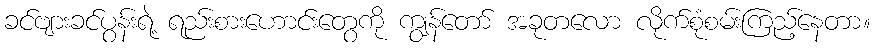
ခင်ဗျားခင်ပွန်းရဲ့ ရည်းစားဟောင်းတွေကို ကျွန်တော် အခုတလော လိုက်စုံစမ်းကြည့်နေတာ။